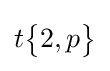
t{\begin{Bmatrix}2,p\end{Bmatrix}}